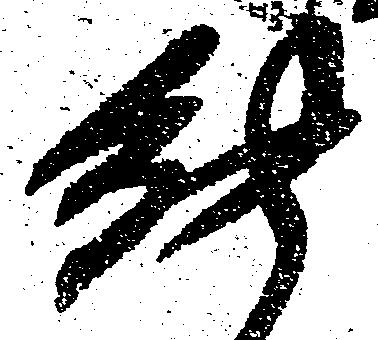
能